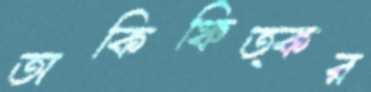
অকিঞ্চিত্কর